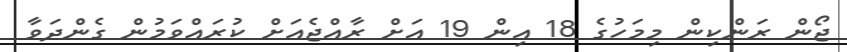
ޖޯން ރަންކިން މިމަހުގެ 18 އިން 19 އަށް ރާއްޖެއަށް ކުރައްވަމުން ގެންދަވާ